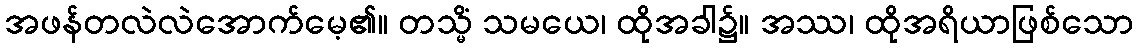
အဖန်တလဲလဲအောက်မေ့၏။ တသ္မိံ သမယေ၊ ထိုအခါ၌။ အဿ၊ ထိုအရိယာဖြစ်သော